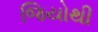
જિયોથી